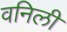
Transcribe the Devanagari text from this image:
वनिली